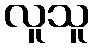
လူသူ